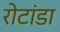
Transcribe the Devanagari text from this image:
रोटांडा